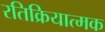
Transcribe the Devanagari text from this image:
रतिक्रियात्मक